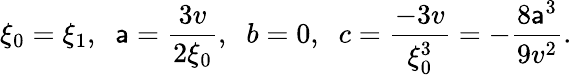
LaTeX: \xi_{0}=\xi_{1},\; \; \mathsf{a}=\frac{{3v}}{{2\xi_{0}}},\; \; b=0,\; \; c=\frac{{-3v}}{{\xi_{0}^{3}}}=-\frac{{8\mathsf{a}^{3}}}{{9v^{2}}}.